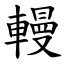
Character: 䡬